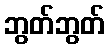
ဘွတ်ဘွတ်